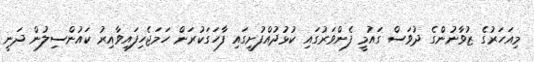
މިއަހަރުގެ ޒުވާނުންގެ ދުވަސް ގައުމީ ފެންވަރުގައި ކުޅުުދުއްފުށީގައި ފާހަގަކުރަން ހަމަޖެހިފައިވާއިރު ކައުންސިލުން ދަނީ